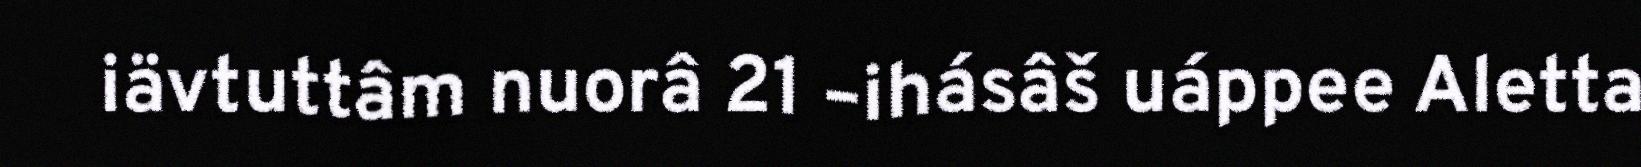
iävtuttâm nuorâ 21 –ihásâš uáppee Aletta